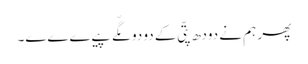
پھر ہم نے دودھ پتّی کے دو دو مگّے پیےےےے۔